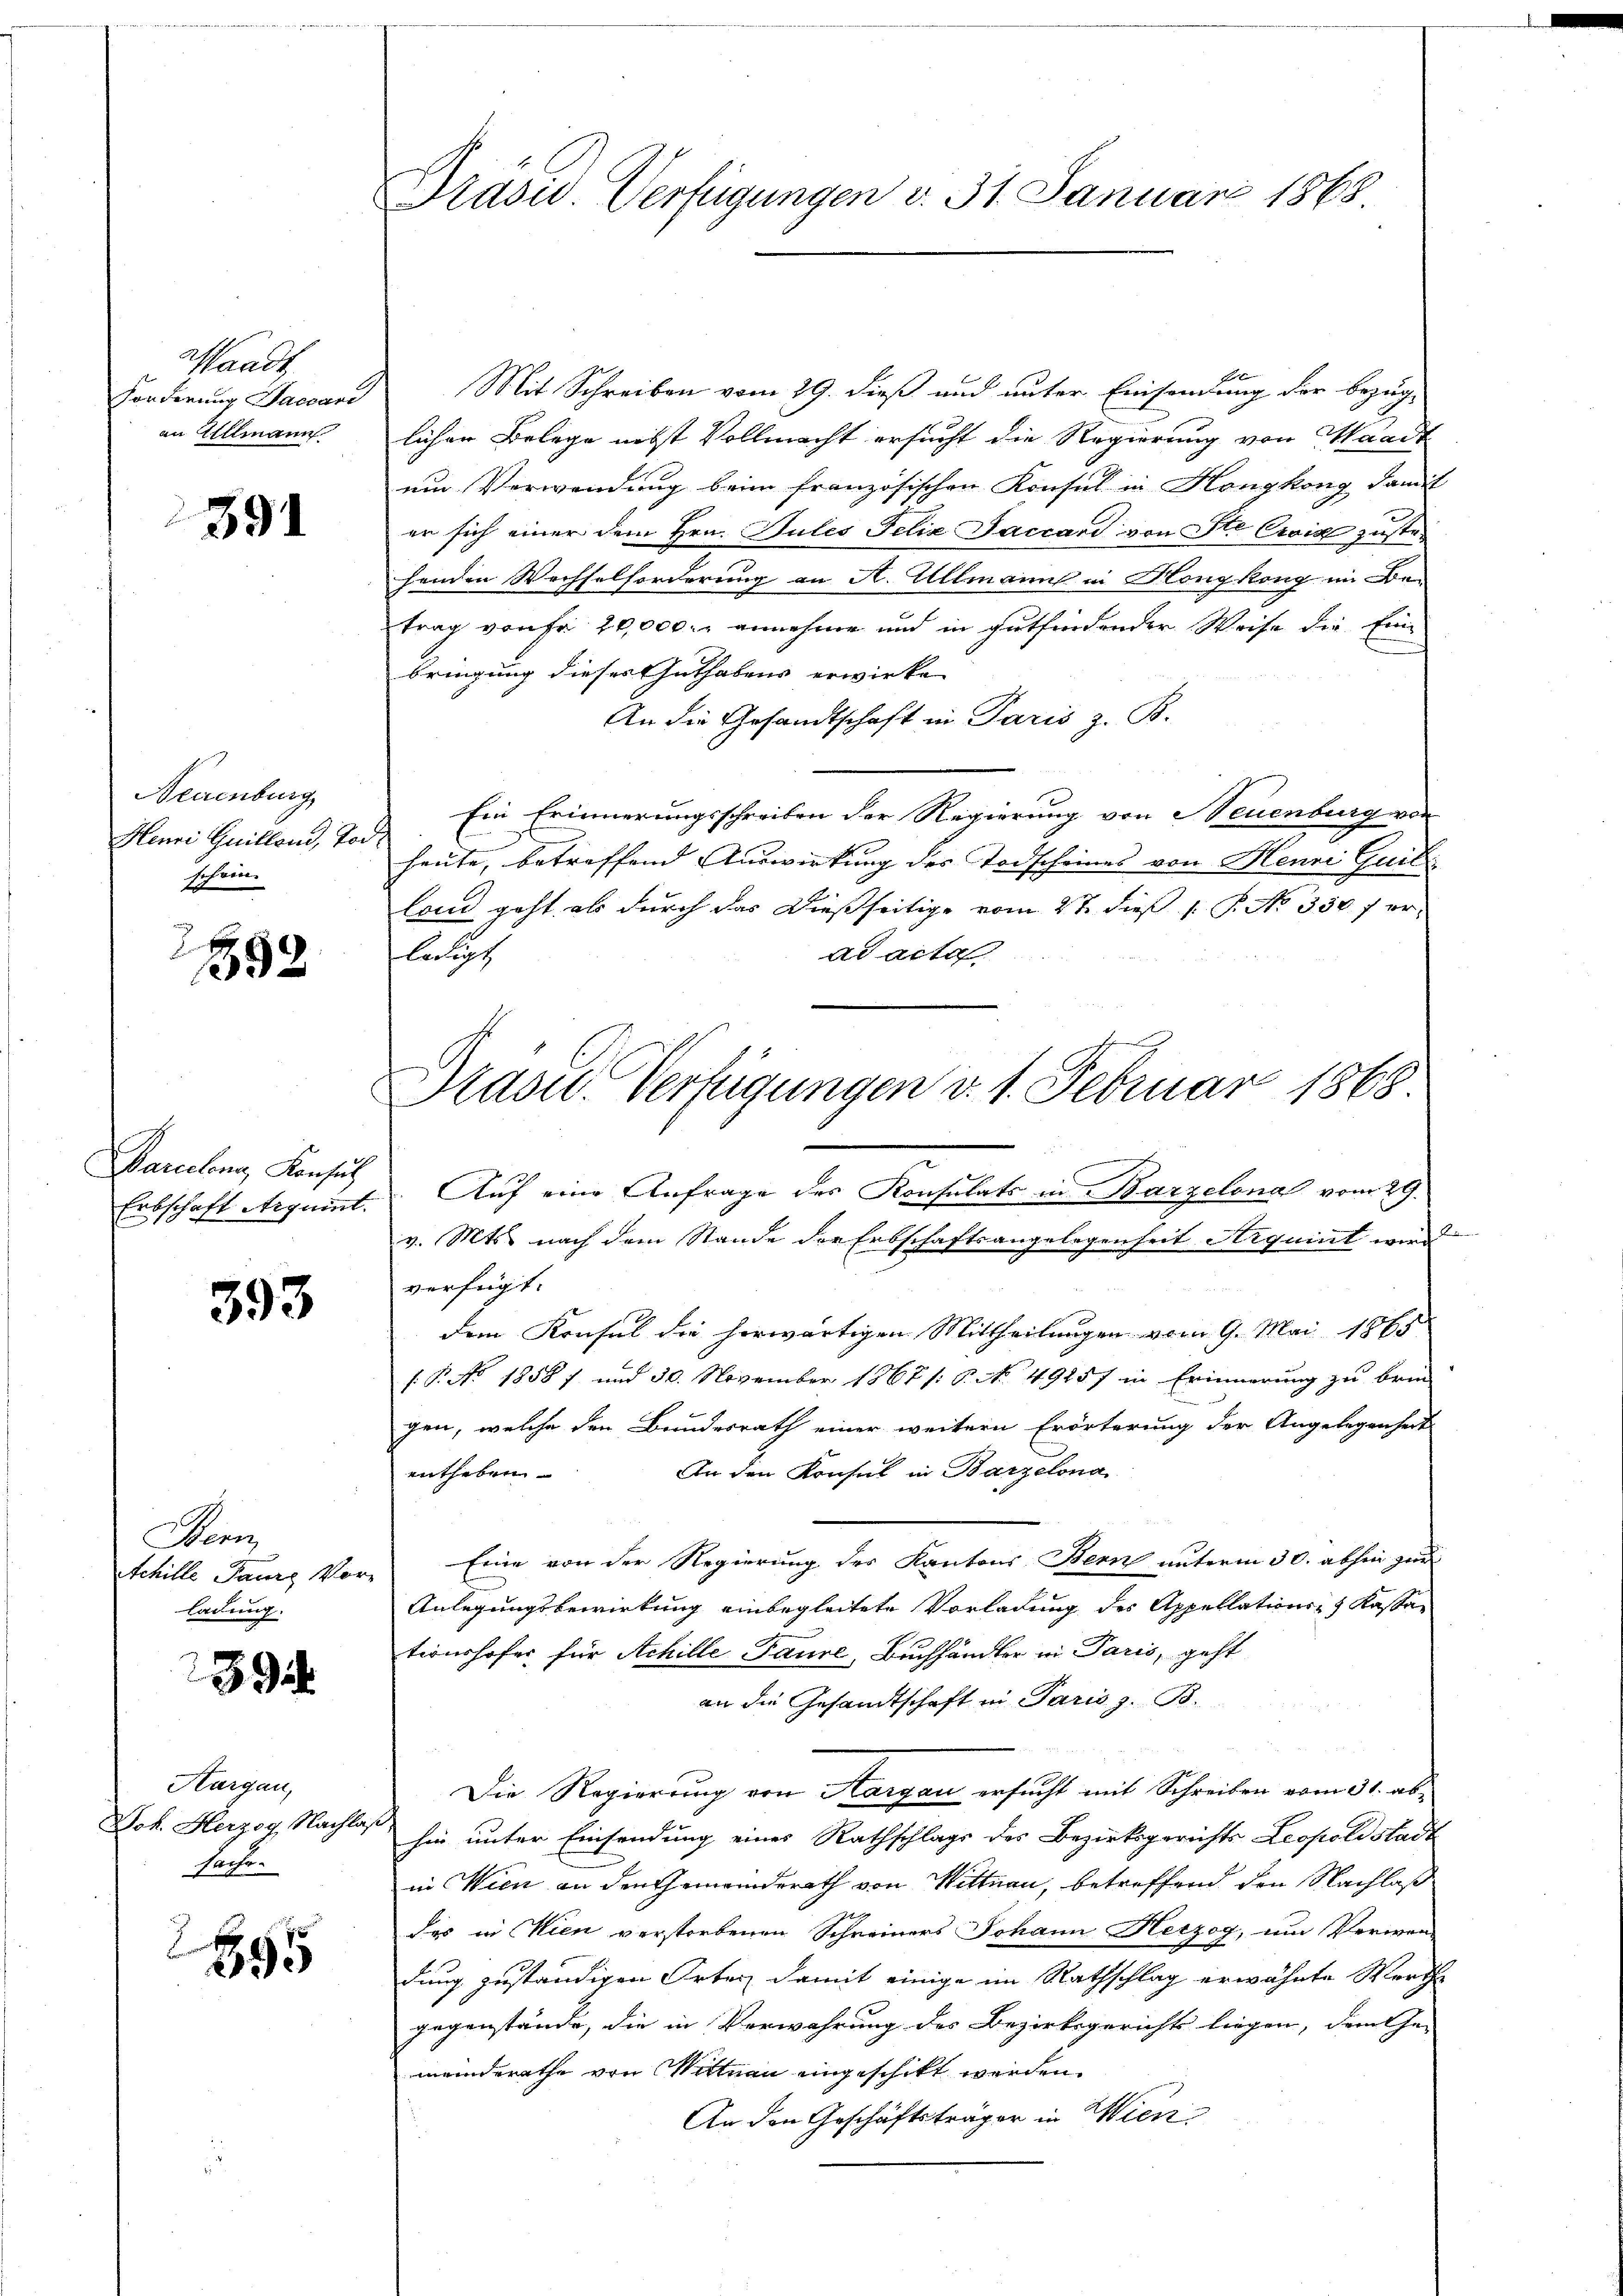
Waadt,
Fonderung Baccand
an Ullmann

391

Neuenburg
Henri Guilland, Tor
schein.

592

Barcelons Konsu
Erbschaft Aequint.

393

Den
Achille Paur Vorladung.

239

Hargau,
Joh. Herzog, Nachlag
sache.

2
895

Drasu. Verfügungen d. 31. Januar 1868

Mit Schreiben vom 29. dieß und unter Einsendung der bezüg-
licher Belege nebst Vollmacht ersucht die Regierung von Waadt
uin Verwendung beim französischen Konsul in Hongkong damit
er sich einer dem Hrn. Pules Felix Faccard von Ste Ewig zustehenden Wechselforderung an A. Allmann in Hongkong im Be-
trag von Fr. 20,000. r annehme und in gutfindender Weise die Einbringung dieses Guthabens erwirken
An die Gesandtschaft in Paris z. B.
Ein Erinnerungsschreiben der Regierung von Neuenburg von
heute, betreffend Auswirkung des Todscheines von Menni Quit
land geht, als durch das dießseitige vom 2ten dieß P. P. No 330 f er-
ledigt
ad acta
Auf eine Anfrage des Konsulats in Barzelena vom 29.
v. Mts. nach dem Stande der Erbschaftsangelegenheit Arquint wird
verfügt:
dem Konsul die herwärtigen Mittheilungen vom 9. Mai 187
f.P. No. 1858 7 und 30. November 1867 /: P. No. 49257 in Erinnerung zu brin-
gen, welche den Bundesrath einer weitern Erörterung der Angelegenheit
entheben. An den Konsul in Barzelona
Eine von der Regierung des Kantons Bern unterm 30. abhin zur
Anlegungsbewirkung einbegleitete Vorladung der Appellations- & Kassationshofer für Achille Paure, Buchhändler in Paris, geht
an die Gesandtschaft in Paris z. B.
Die Regierung von Aargau ersucht mit Schreiben vom 31. abhin unter Einsendung eines Rathschlags des Bezirksgerichts Leopoldstadt
in Wien an den Gemeinderath von Wittnau, betreffend den Nachlaß
des in Wien verstorbenen Schreiners Johann Herzog, um Verwen-
dung zuständigen Orten damit einige im Rathschlag erwähnte Werthe
gegenstände, die in Verwahrung des Bezirksgerichts liegen, dem Ge- |
meinderathe von Wittnau eingeschikt werden.
An den Geschäftsträger in Wien

Präses Verfügungen v. 1. Februar 1868